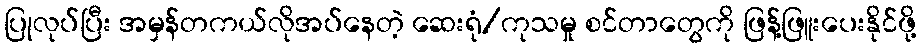
ပြုလုပ်ပြီး အမှန်တကယ်လိုအပ်နေတဲ့ ဆေးရုံ/ကုသမှု စင်တာတွေကို ဖြန့်ဖြူးပေးနိုင်ဖို့